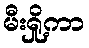
မီးရှို့ကာ